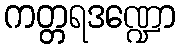
ကတ္တရဒဏ္ဍော